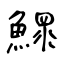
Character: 鰥